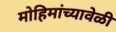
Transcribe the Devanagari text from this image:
मोहिमांच्यावेळी